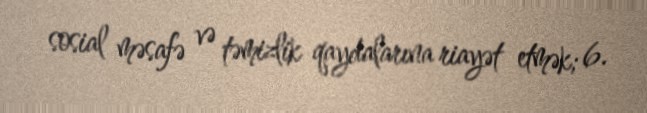
sosial məsafə və təmizlik qaydalarına riayət etmək; 6.